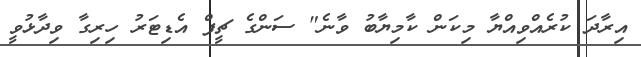
އިރާދަ ކުރެއްވިއްޔާ މިކަން ކާމިޔާބު ވާނެ" ސަންގެ ޗީފް އެޑިޓަރު ހިރިގާ ވިދާޅުވީ